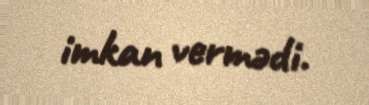
imkan vermədi.